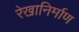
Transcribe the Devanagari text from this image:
रेखानिर्माण